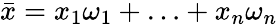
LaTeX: {\bar{x}}=x_{1}\omega_{1}+\ldots+x_{n}\omega_{n}